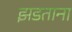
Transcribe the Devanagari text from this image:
झडताना